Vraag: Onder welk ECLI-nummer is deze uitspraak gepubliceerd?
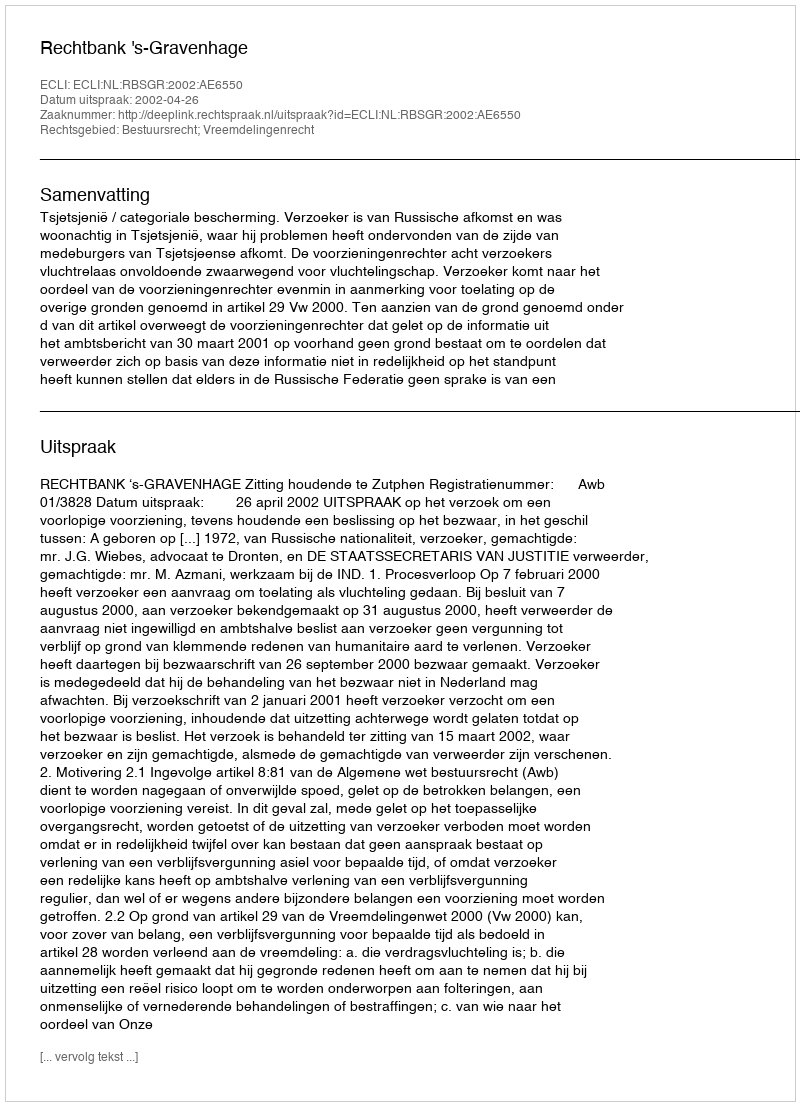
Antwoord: ECLI:NL:RBSGR:2002:AE6550